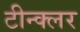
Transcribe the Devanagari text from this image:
टीन्क्लर